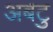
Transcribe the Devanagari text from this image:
अबटु